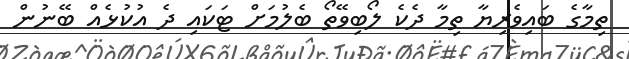
ތިމާގެ ބައިވެރިޔާ ތިމާ ދެކެ ލޯބިވޭތޯ ބެލުމަށް ޓަކައި ދެ އުކުޅެއް ބޭނުން